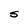
Character: S